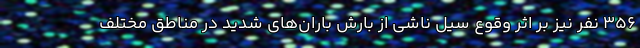
۳۵۶ نفر نیز بر اثر وقوع سیل ناشی از بارش باران‌های شدید در مناطق مختلف